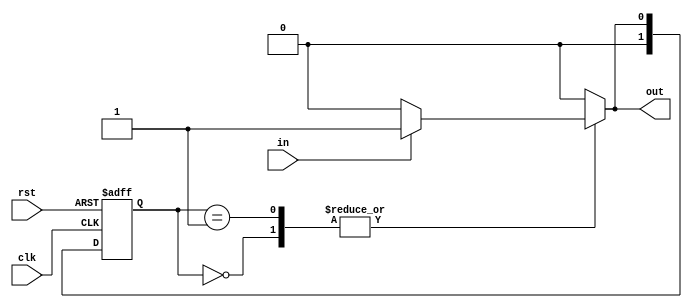
module mealy_fsm #(parameter N = 2,    // Number of bits for state encoding
                   parameter STATE0 = 2'b00, // State 0
                   parameter STATE1 = 2'b01  // State 1
                  )
                  (
                   input wire clk,
                   input wire rst,
                   input wire in,           // Input signal
                   output reg out          // Output signal
                  );

  // State register
  reg [N-1:0] state, next_state;

  // State transition logic
  always @(*) begin
    case(state)
      STATE0: begin
        if (in) begin
          next_state = STATE1;
          out = 1; // Output based on input and state
        end else begin
          next_state = STATE0;
          out = 0;
        end
      end
      STATE1: begin
        if (in) begin
          next_state = STATE1;
          out = 1; // Output based on input and state
        end else begin
          next_state = STATE0;
          out = 0;
        end
      end
      default: begin
        next_state = STATE0;
        out = 0; // Default output if in an invalid state
      end
    endcase
  end

  // State register update on clock edge
  always @(posedge clk or posedge rst) begin
    if (rst)
      state <= STATE0; // reset to the initial state
    else
      state <= next_state; // transition to the next state
  end

endmodule